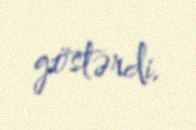
göstərdi.